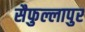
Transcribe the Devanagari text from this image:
सैफुल्लापुर